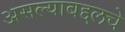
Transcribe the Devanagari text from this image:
असल्याबद्दलचे